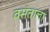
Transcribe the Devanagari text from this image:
वसंताला